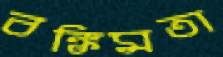
বঙ্কিমতা